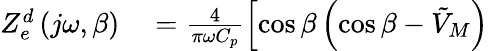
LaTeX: \begin{array}{rl}{{Z_{e}^{d}}\left(j\omega,\beta\right)}&{{}=\frac{4}{\pi{\omega{C_{p}}}}\left[\cos\beta\left(\cos\beta-\tilde{V}_{M}\right)\right.}\end{array}